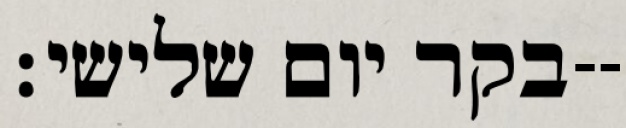
בקר יום שלישי׃--